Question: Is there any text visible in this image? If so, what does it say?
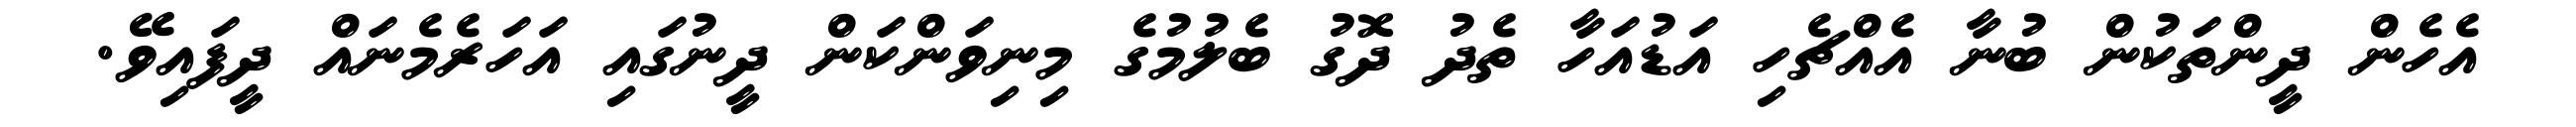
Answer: އެހެން ދީންތަކުން ބުނާ އެއްޗެހި އަޑުއަހާ ތެދު ދޮގު ބެލުމުގެ މިނިވަންކަން ދީނުގައި އަހަރެމެނައް ދީފައިވޭ.